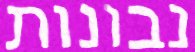
נבונות